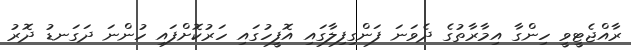
ރާއްޖެޓީވީ ހިންގާ އިމާރާތުގެ ދެވަނަ ފަންގިފިލާގައި އޮފީހުގައި ހަރުކޮށްފައި ހުންނަ ދަގަނޑު ދޮރު